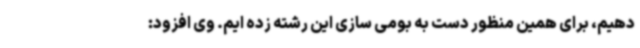
دهیم، برای همین منظور دست به بومی سازی این رشته زده ایم. وی افزود: